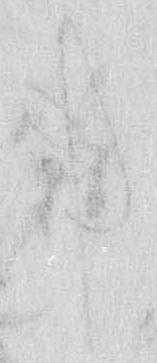
事